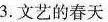
3.文艺的春天